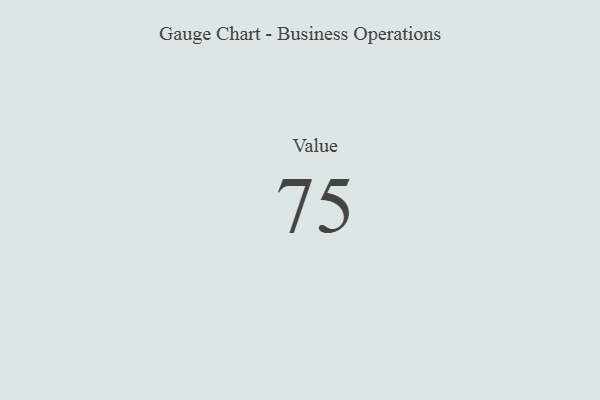
{"axis": {"x": "Metric", "y": "Value"}, "legend": [""], "data": [{"x": "Value", "y": 75, "type": ""}]}